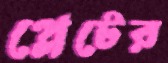
প্লেটের